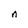
Character: n